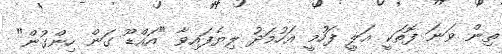
ތިން ވަނަ ފޮތަކީ އަލީ ފަހުމީ އަހުމަދު ލިޔެފައިވާ "އައްޑޫ ގަން ހިންގުން"